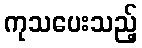
ကုသပေးသည့်